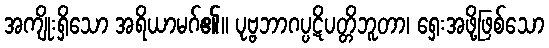
အကျိုးရှိသော အရိယာမဂ်၏။ ပုဗ္ဗဘာဂပ္ပဋိပတ္တိဘူတာ၊ ရှေးအဖို့ဖြစ်သော